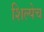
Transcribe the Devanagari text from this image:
शिल्पेच